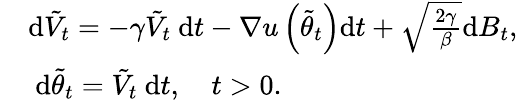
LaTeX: \begin{array}{rl}&{\mathrm{d}\tilde{V}_{t}=-\gamma\tilde{V}_{t}\mathrm{~d}t-\nabla u\left(\tilde{\theta}_{t}\right)\mathrm{d}t+\sqrt{\frac{2\gamma}{\beta}}\mathrm{d}B_{t},}\\ &{\mathrm{~d}\tilde{\theta}_{t}=\tilde{V}_{t}\mathrm{~d}t,\quad t>0.}\end{array}